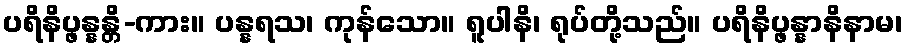
ပရိနိပ္ဖန္နန္တိ-ကား။ ပန္နရသ၊ ကုန်သော။ ရူပါနိ၊ ရုပ်တို့သည်။ ပရိနိပ္ဖန္နာနိနာမ၊